Rangoon Lunatic Asylum 1893-1897 - 1893-1897
Year: 1893
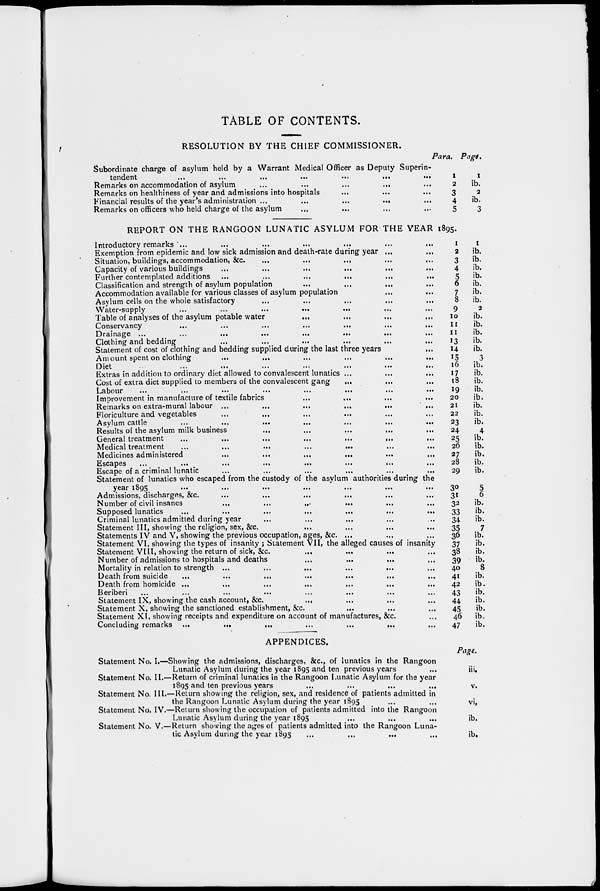
TABLE OF CONTENTS.
RESOLUTION BY THE CHIEF COMMISSIONER.
Subordinate charge of asylum held by a Warrant Medical Officer as Deputy Superin-
tendent
...
...
...
...
...
...
...
Remarks on accommodation of asylum ... ... ... ... ...
Remarks on healthiness of year and admissions into hospitals ... ... ...
Financial results of the year's administration ...
...
...
... ...
Remarks on officers who held charge of the asylum ... ... ... ...
Para.
1
2
3
4
5
Page.
1
ib.
2
ib.
3
REPORT ON THE RANGOON LUNATIC ASYLUM FOR THE YEAR 1895.
Introductory remarks ... ... ... ... ... ... ...
Exemption from epidemic and low sick admission and death-rate during year ... ...
Situation, buildings, accommodation, &c.
...
...
...
... ...
Capacity of various buildings
...
...
...
...
...
...
Further contemplated additions ...
...
...
...
...
...
Classification and strength of asylum population ... ... ... ...
Accommodation available for various classes of asylum population ... ...
Asylum cells on the whole satisfactory ... ... ... ... ...
Water-supply
...
...
...
... ... ... ...
Table of analyses of the asylum potable water
... ... ... ...
Conservancy
...
...
...
...
...
...
...
Drainage ...
...
...
...
...
...
...
...
Clothing and bedding ... ... ... ... ... ...
Statement of cost of clothing and bedding supplied during the last three years ...
Amount spent on clothing
...
... ... ... ... ...
Diet
...
...
...
...
...
...
...
...
Extras in addition to ordinary diet allowed to convalescent lunatics ... ... ...
Cost of extra diet supplied to members of the convalescent gang
... ... ...
Labour
...
...
...
...
...
...
...
...
Improvement in manufacture of textile fabrics
...
... ... ... ...
Remarks on extra-mural labour
...
...
...
...
...
...
Floriculture and vegetables
...
... ... ... ... ...
Asylum cattle
...
...
...
...
...
...
...
Results of the asylum milk business ... ... ... ... ...
General treatment
...
...
...
...
...
...
...
Medical treatment ... ... ... ... ... ... ...
Medicines administered
...
...
...
...
...
...
Escapes
...
...
...
...
...
...
...
...
Escape of a criminal lunatic ... ... ... ... ... ...
Statement of lunatics who escaped from the custody of the asylum authorities during the
year 1895 ... ... ... ... ... ... ...
Admissions, discharges, &c. ... ... ... ... ... ...
Number of civil insanes
...
... ... ... ... ...
Supposed lunatics ... ... ... ... ... ... ...
Criminal lunatics admitted during year ... ... ... ... ...
Statement III, showing the religion, sex, &c. ... ... ... ...
Statements IV and V, showing the previous occupation, ages, &c. ... ... ...
Statement VI, showing the types of insanity ; Statement VII, the alleged causes of insanity
Statement VIII, showing the return of sick, &c.
... ... ... ...
Number of admissions to hospitals and deaths ... ... ... ...
Mortality in relation to strength ...
...
...
...
... ...
Death from suicide ... ... ... ... ... ... ...
Death from homicide ... ... ... ... ... ... ...
Beriberi ... ... ... ... ... ... ... ...
Statement IX, showing the cash account, &c.
... ... ... ...
Statement X, showing the sanctioned establishment, &c. ... ... ...
Statement XI, showing receipts and expenditure on account of manufactures, &c. ...
Concluding remarks ...
...
...
...
...
... ...
1
2
3
4
5
6
7
8
9
10
11
11
13
14
15
16
17
18
19
20
21
22
23
24
25
26
27
28
29
30
31
32
33
34
35
36
37
38
39
40
41
42
43
44
45
46
47
1
ib.
ib.
ib.
ib.
ib.
ib.
ib.
2
ib.
ib.
ib.
ib.
ib.
3
ib.
ib.
ib.
ib.
ib.
ib.
ib.
ib.
4
ib.
ib.
ib.
ib.
ib.
5
6
ib.
ib.
ib.
7
ib.
ib.
ib.
ib.
8
ib.
ib.
ib.
ib.
ib.
ib.
ib.
APPENDICES.
Statement No. I.—Showing the admissions, discharges, &c., of lunatics in the Rangoon
Lunatic Asylum during the year 1895 and ten previous years ...
Statement No. II.—Return of criminal lunatics in the Rangoon Lunatic Asylum for the year
1895 and ten previous years ... ... ... ...
Statement No. III.—Return showing the religion, sex, and residence of patients admitted in
the Rangoon Lunatic Asylum during the year 1895 ... ...
Statement No. IV.—Return showing the occupation of patients admitted into the Rangoon
Lunatic Asylum during the year 1895 ... ... ...
Statement No. V.—Return showing the ages of patients admitted into the Rangoon Luna-
tic Asylum during the year 1895 ... ... ... ...
Page.
iii.
v.
vi.
ib.
ib.